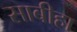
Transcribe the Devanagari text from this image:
साबीहा